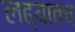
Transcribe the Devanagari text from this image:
लढ्यातच